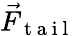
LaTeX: \vec{F}_{\mathrm{~t~a~i~l~}}